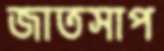
জাতসাপ